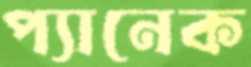
প্যানেক